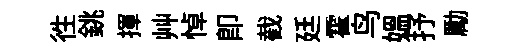
徃銚揮艸悼即截廷霍鸟媪抒勵